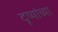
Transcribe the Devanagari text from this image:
दृष्यांच्या